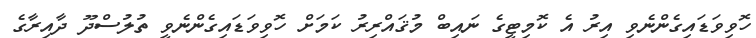
ހޮވިވަޑައިގެންނެވި އިރު އެ ކޮމިޓީގެ ނައިބް މުޤައްރިރު ކަމަށް ހޮވިވަޑައިގެންނެވީ ތުލުސްދޫ ދާއިރާގެ